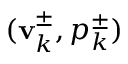
( \mathbf { v } _ { k } ^ { \pm } , p _ { k } ^ { \pm } )